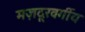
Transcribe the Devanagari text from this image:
मज़दूरवर्गीय